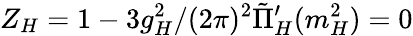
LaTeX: Z_{H}=1-3g_{H}^{2}/(2\pi)^{2}\tilde{\Pi}_{H}^{\prime}(m_{H}^{2})=0